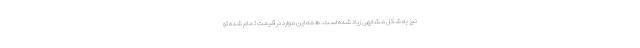
نیز به شکل مشابهی زیاد شده است. همه این موارد در قیمت تمام شده تو